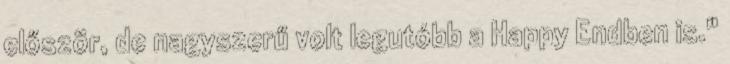
először, de nagyszerű volt legutóbb a Happy Endben is."